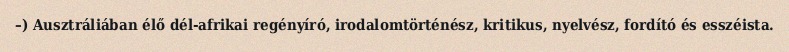
–) Ausztráliában élő dél-afrikai regényíró, irodalomtörténész, kritikus, nyelvész, fordító és esszéista.